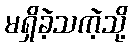
မရှိခဲ့သကဲ့သို့